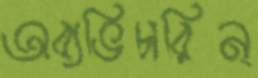
অব্যভিচারিন্